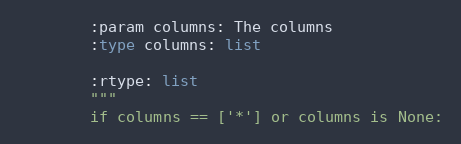
Language: Python
        :param columns: The columns
        :type columns: list

        :rtype: list
        """
        if columns == ['*'] or columns is None: